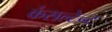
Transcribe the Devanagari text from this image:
कंसल्टेन्ट